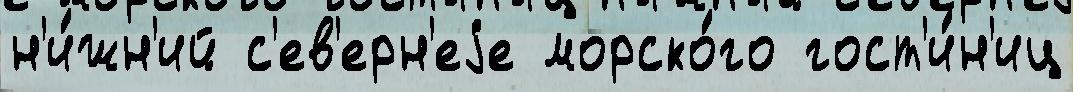
н'и́жн'ий с'ев'ерн'еjе морско́го гост'и́н'иц